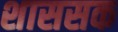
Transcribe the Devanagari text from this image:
शाससक